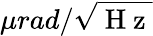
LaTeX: \mu rad/\sqrt{\mathrm{~H~z~}}